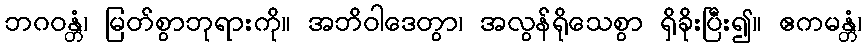
ဘဂဝန္တံ၊ မြတ်စွာဘုရားကို။ အဘိဝါဒေတွာ၊ အလွန်ရိုသေစွာ ရှိခိုးပြီး၍။ ဧကမန္တံ၊